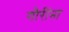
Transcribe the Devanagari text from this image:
गौरींना